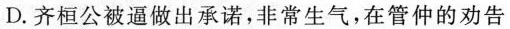
D. 齐桓公被逼做出承诺，非常生气，在管仲的劝告